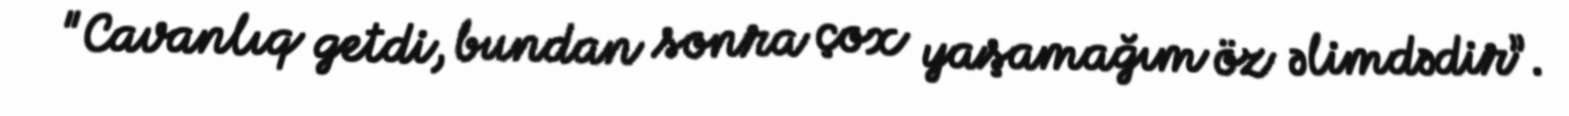
"Cavanlıq getdi, bundan sonra çox yaşamağım öz əlimdədir”.